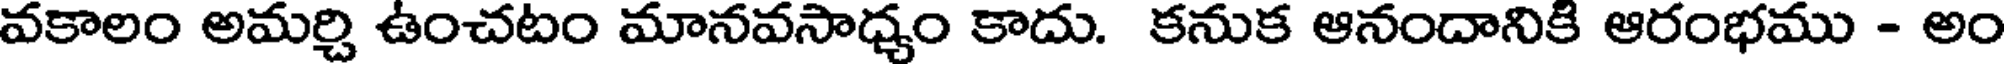
వకాలం అమర్చి ఉంచటం మానవసాధ్యం కాదు. కనుక ఆనందానికి ఆరంభము - అం